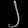
Digit: ၂